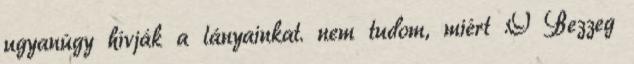
ugyanúgy hívják a lányainkat. nem tudom, miért :O Bezzeg